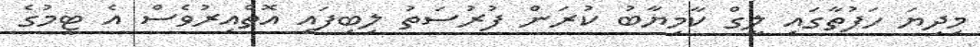
މިދިޔަ ހަފުތާގައި ލީގް ކާމިޔާބު ކުރަން ފުރުސަތު ލިބިފައި އޮތްއިރުވެސް އެ ޓީމުގެ